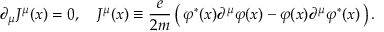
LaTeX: \partial _ { \mu } J ^ { \mu } ( x ) = 0 , \quad J ^ { \mu } ( x ) \equiv { \frac { e } { 2 m } } \left( \, \varphi ^ { * } ( x ) \partial ^ { \mu } \varphi ( x ) - \varphi ( x ) \partial ^ { \mu } \varphi ^ { * } ( x ) \, \right) .